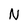
Character: N